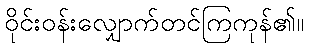
ဝိုင်းဝန်းလျှောက်တင်ကြကုန်၏။